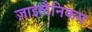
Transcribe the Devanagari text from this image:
ज़ाइलैनिकम